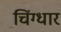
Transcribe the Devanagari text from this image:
चिंग्धार